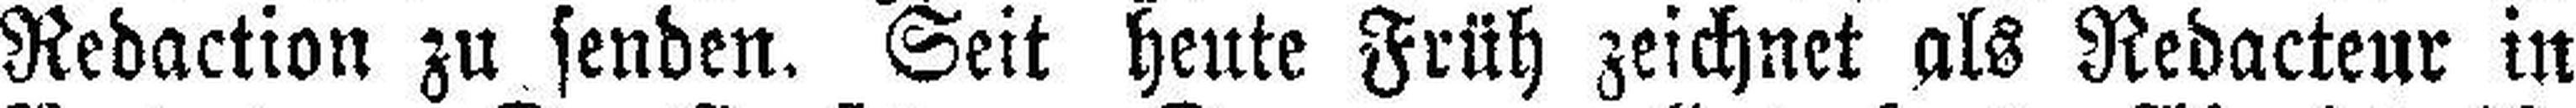
Redaction zu senden. Seit heute Früh zeichnet als Redacteur in